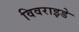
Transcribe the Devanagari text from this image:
विवराइडे